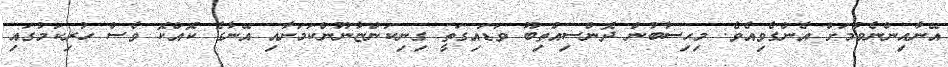
އޭނާއިންނެވުމަށް އެންގެވިއެވެ. މިހިސާބުން ދޮންސިއްތިބޫ ވަޑައިގަތީ ގިނިކަންޏާނޫންކަމަށާއި އޭނާގެ ކޮއްކޮ ވެސް ހުރިކަމުގައި